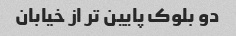
دو بلوک پایین تر از خیابان